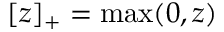
[ z ] _ { + } = \operatorname* { m a x } ( 0 , z )